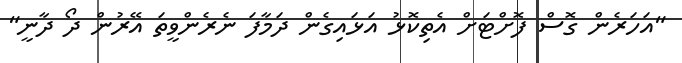
"އަހަރެން ގޮސް ފޮށްޓަށް އެތިކޮޅު އަޅައިގެން ދަމާފަ ނެރެންވީތަ އޭރުން ދޯ ދާނީ"